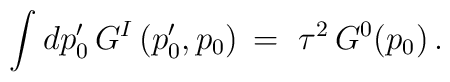
\qquad \int dp'_0\, G^I\,(p'_0,p_0)\,=\,\,\tau^2\,G^0(p_0)\,.